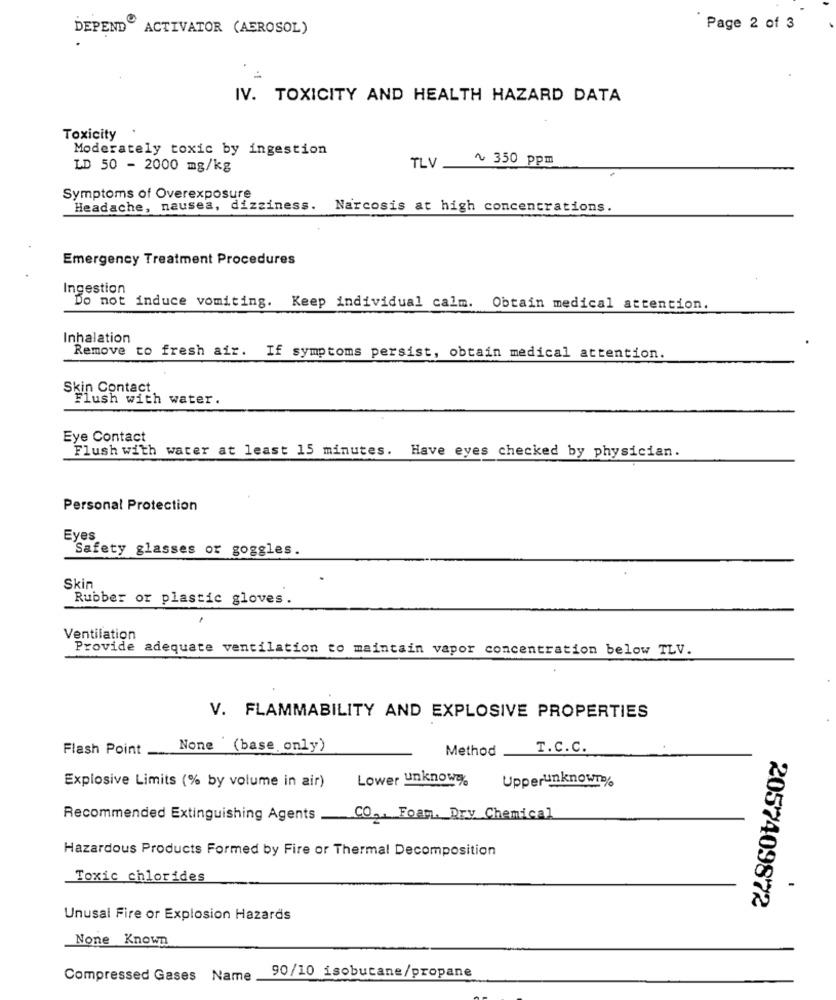
DEPEND ACTIVATOR (AEROSOL)
Page 2 of 3
IV. TOXICITY AND HEALTH HAZARD DATA
Toxicity
Moderately toxic by ingestion
~ 350 ppm
LD 50 - 2000 mg/kg
TLV
Symptoms of Overexposure
Headache, nausea, dizziness.
Narcosis at high concentrations.
Emergency Treatment Procedures
Ingestion
Do not induce vomiting. Keep individual calm. Obtain medical attention.
Inhalation
Remove to fresh air. If symptoms persist, obtain medical attention.
Skin Contact
Flush with water.
Eye Contact
Flush with water at least 15 minutes. Have eyes checked by physician.
Personal Protection
Eyes
Safety glasses or goggles.
Skin
Rubber or plastic gloves.
Ventilation
Provide adequate ventilation to maintain vapor concentration below TLV.
V. FLAMMABILITY AND EXPLOSIVE PROPERTIES
Flash Point
None (base only)
Method
T.C.C.
Lower unknow%
Upperunknown%
Explosive Limits (% by volume in air)
Recommended Extinguishing Agents
CO ,, Foam. Dry Chemical
Hazardous Products Formed by Fire or Thermal Decomposition
Toxic chlorides
2057409872
Unusal Fire or Explosion Hazards
None Known
Compressed Gases Name
90/10 isobutane/propane